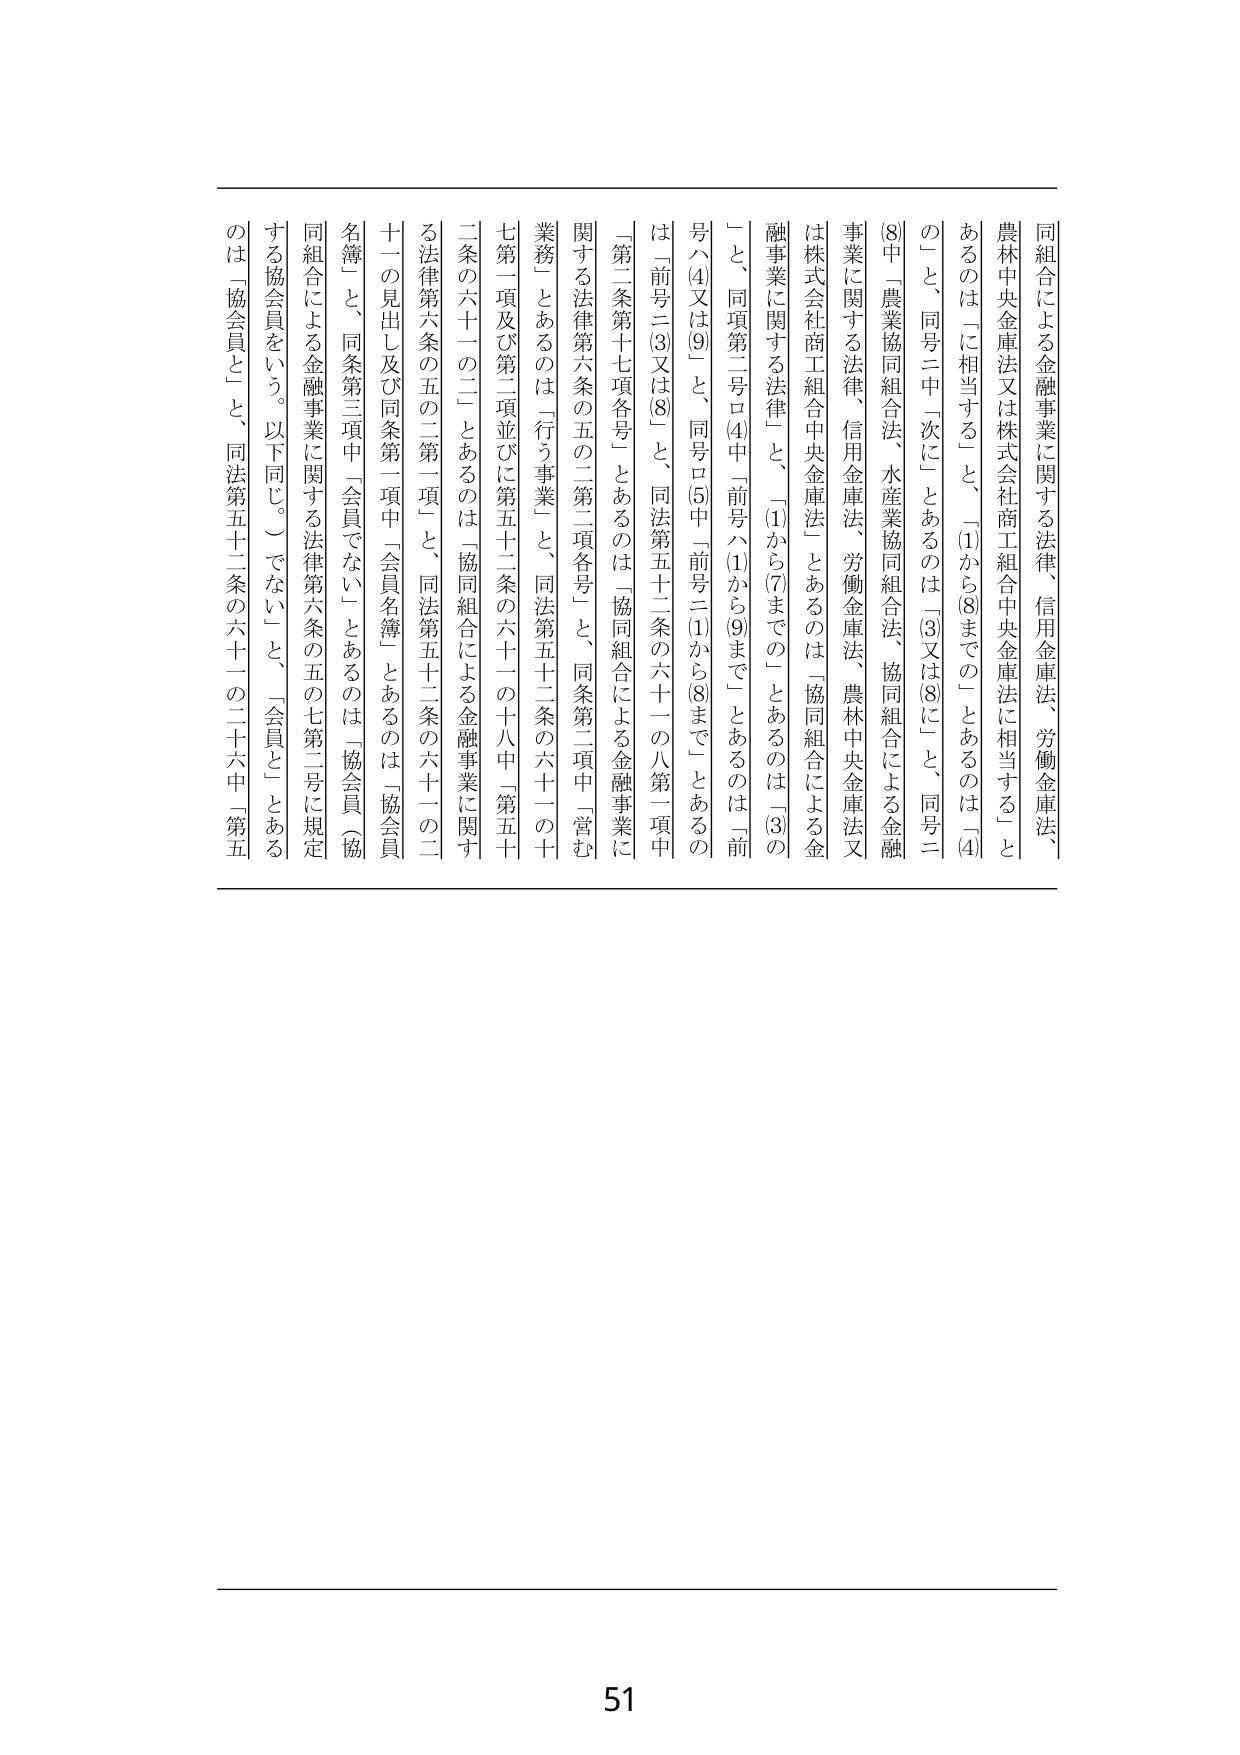
同組合による金融事業に関する法律、信用金庫法、労働金庫法、農林中央金庫法又は株式会社商工組合中央金庫法に相当する」とあるのは「に相当する」と、「(1)から(8)まで」にあるのは「(4)の」と、同号二中「次に」とあるのは「(3)又は(8)に」と、同号二(8)中「農業協同組合法、水産業協同組合法、協同組合による金融事業に関する法律、信用金庫法、労働金庫法、農林中央金庫法又は株式会社商工組合中央金庫法」とあるのは「協同組合による金融事業に関する法律」と、「(1)から(7)まで」にあるのは「(3)の」と、同項第二号ロ(4)中「前号ハ(1)から(9)まで」とあるのは「前号ハ(4)又は(9)」と、同号ロ(5)中「前号ニ(1)から(8)まで」とあるのは「前号ニ(3)又は(8)」と、同法第五十二条の六十一の八第一項中「第二条第十七項各号」とあるのは「協同組合による金融事業に関する法律第六条の五の二第二項各号」と、同条第二項中「営む業務」とあるのは「行う事業」と、同法第五十二条の六十一の十七第一項及び第二項並びに第五十二条の六十一の十八中「第五十条の六十一の二」とあるのは「協同組合による金融事業に関する法律第六条の五の二第一項」と、同法第五十二条の六十一の二十一の見出し及び同条第一項中「会員名簿」とあるのは「協会員名簿」と、同条第三項中「会員でない」とあるのは「協会員（協同組合による金融事業に関する法律第六条の五の七第二号に規定する協会員をいう。以下同じ。）でない」と、「会員と」とあるのは「協会員と」と、同法第五十二条の六十一の二十六中「第五

51